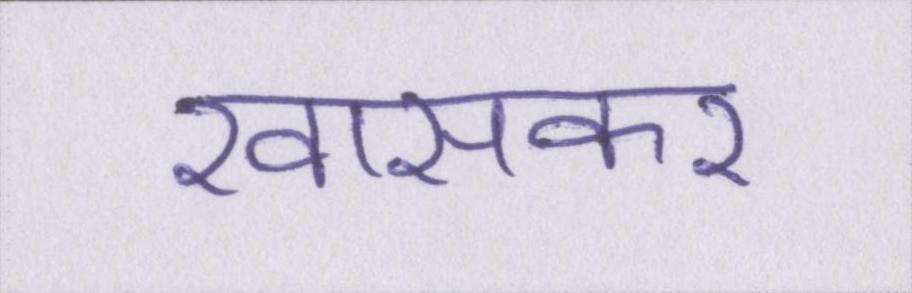
खासकर